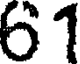
61